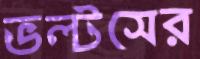
ভল্টসের